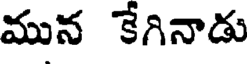
మున కేగినాడు